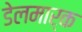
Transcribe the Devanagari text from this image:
डेलमार्क